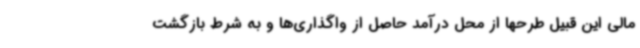
مالی این قبیل طرحها از محل درآمد حاصل از واگذاری‌ها و به شرط بازگشت